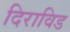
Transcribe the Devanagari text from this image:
दिराविड